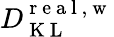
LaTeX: D_{\mathrm{~K~L~}}^{\mathrm{~r~e~a~l~,~w~}}